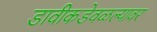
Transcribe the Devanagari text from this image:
डावीकडेवळल्यावर